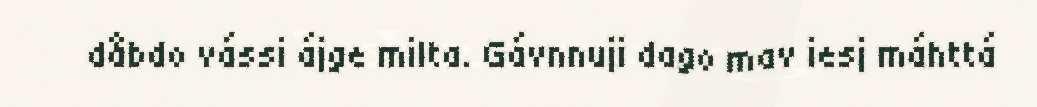
dåbdo vássi ájge milta. Gávnnuji dago mav iesj máhttá